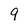
Character: 9